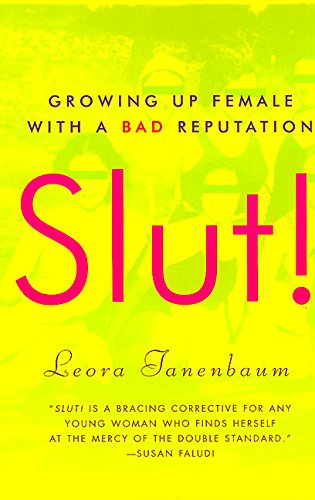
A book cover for Slut! Growing Up Female with a Bad Reputation; Leora Tanenbaum; Politics & Social Sciences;